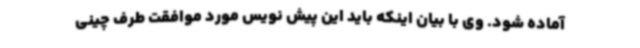
آماده شود. وی با بیان اینکه باید این پیش نویس مورد موافقت طرف چینی